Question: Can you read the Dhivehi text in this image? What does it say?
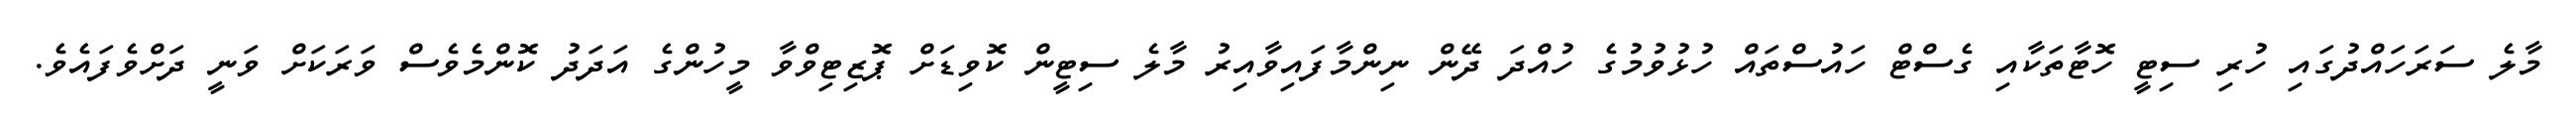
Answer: މާލެ ސަރަހައްދުގައި ހުރި ސިޓީ ހޮޓާތަކާއި ގެސްޓް ހައުސްތައް ހުޅުވުމުގެ ހުއްދަ ދޭން ނިންމާފައިވާއިރު މާލެ ސިޓީން ކޮވިޑަށް ޕޮޒިޓިވްވާ މީހުންގެ އަދަދު ކޮންމެވެސް ވަރަކަށް ވަނީ ދަށްވެފައެވެ.